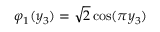
\varphi _ { 1 } ( y _ { 3 } ) = \sqrt { 2 } \cos ( \pi y _ { 3 } )